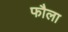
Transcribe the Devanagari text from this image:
फौला